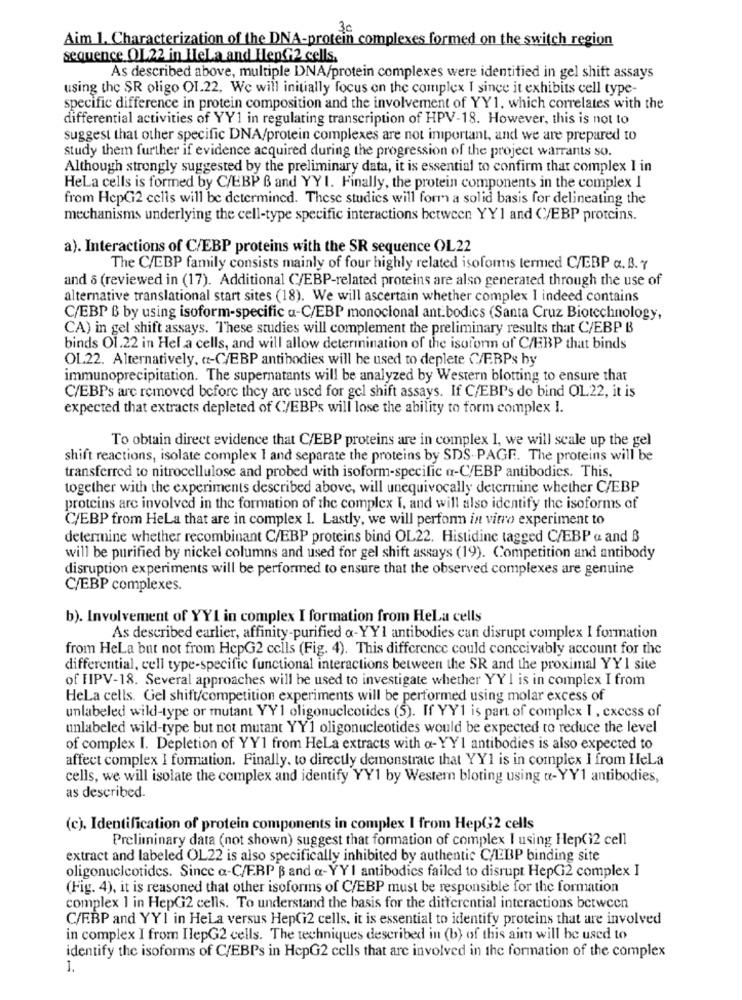
30
Aim 1. Characterization of the DNA-protein complexes formed on the switch region
sequence OL22 in HeLa and HenG2 cells.
As described above, multiple DNA/protein complexes were identified in gel shift assays
using the SR oligo OL.22. We will initially focus on the complex I since it exhibits cell type-
specific difference in protein composition and the involvement of YY1. which correlates with the
differential activities of YY1 in regulating transcription of HPV-18. However, this is not to
suggest that other specific DNA/protein complexes are not important, and we are prepared to
study them further if evidence acquired during the progression of the project warrants so.
Although strongly suggested by the preliminary data, it is essential to confirm that complex I in
Hela cells is formed by C/EBP B and YY 1. Finally, the protein components in the complex I
from HepG2 cells will be determined. These studies will form a solid basis for delineating the
mechanisms underlying the cell-type specific interactions between YY1 and C/EBP proteins.
a). Interactions of C/EBP proteins with the SR sequence OL22
The C/EBP family consists mainly of four highly related isofontis lermed C/IEBP a. B. Y
and 8 (reviewed in (17). Additional C/EBP-related proteins are also generated through the use of
alternative translational start sites (18). We will ascertain whether complex I indeed contains
C/EBP B by using isoform-specific a-C/EBP monoclonal ant.bodics (Santa Cruz Biotechnology,
CA) in gel shift assays. These studies will complement the preliminary results that C/EBP B
binds O1.22 in Hela cells, and will allow determination of the isoform of C/EBP that binds
OL22. Alternatively, a-C/EBP antibodies will be used to deplete C/F.BPs by
immunoprecipitation. The supernatants will be analyzed by Western blotting to ensure that
C/EBPs are removed before they are used for gel shift assays. If C/EBPs do bind OL22, it is
expected that extracts depleted of C/EBPs will lose the ability to form complex I.
To obtain direct evidence that C/EBP proteins are in complex I, we will scale up the gel
shift reactions, isolate complex I and separate the proteins by SDS- PAGE. The proteins will be
transferred to nitrocellulose and probed with isoform-specific a-C/EBP antibodies. This.
together with the experiments described above, will unequivocally determine whether C/EBP
proteins are involved in the formation of the complex I, and will also identify the isoforms of
C/EBP from HeLa that are in complex 1. Lastly, we will perform in vitro experiment to
determine whether recombinant C/EBP proteins bind OL22. Histidine tagged C/EBP a and B
will be purified by nickel columns and used for gel shift assays (19). Competition and antibody
disruption experiments will be performed to ensure that the observed complexes are genuine
C/EBP complexes.
b). Involvement of YY1 in complex I formation from Hela cells
As described earlier, affinity-purified a-YY1 antibodies can disrupt complex I formation
from HeLa but not from HepG2 cells (Fig. 4). This difference could conceivably account for the
differential, cell type-specific functional interactions between the SR and the proximal YY1 site
of FIPV-18. Several approaches will be used to investigate whether YY I is in complex I from
Hela cells. Gel shift/competition experiments will be performed using molar excess of
unlabeled wild-type or mutant YY1 oligonucleotides (5). If YY1 is part of complex I , excess of
unlabeled wild-type but not mutant YY1 oligonucleotides would be expected to reduce the level
of complex I. Depletion of YY1 from HeLa extracts with a- YY1 antibodies is also expected to
affect complex I formation. Finally. to directly demonstrate that YY1 is in complex I from HeLa
cells, we will isolate the complex and identify YY1 by Western bloting using t-YY1 antibodies,
as described.
(c). Identification of protein components in complex I from HepG2 cells
Preliminary data (not shown) suggest that formation of complex I using Hep(12 cell
extract and labeled OL22 is also specifically inhibited by authentic C/EBP binding site
oligonucleotides. Since a-C/ERP B and a-YYI antibodies failed to disrupt HepG2 complex I
(Fig. 4), it is reasoned that other isoforms of C/EBP must be responsible for the formation
complex 1 in HepG2 cells. To understand the basis for the differential interactions between
C/EBP and YYI in Hela versus HepGi2 cells, it is essential to identify proteins that are involved
in complex I from HlepG2 cells. The techniques described in (b) of this aim will be used to
identify the isoforms of C/EBPs in HcpG2 cells that are involved in the formation of the complex
1.